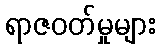
ရာဇဝတ်မှုများ